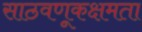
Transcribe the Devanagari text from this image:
साठवणूकक्षमता